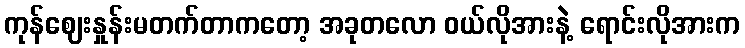
ကုန်ဈေးနှုန်းမတက်တာကတော့ အခုတလော ဝယ်လိုအားနဲ့ ရောင်းလိုအားက